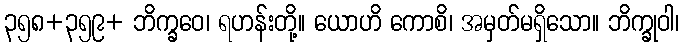
၃၅၈+၃၅၉+ ဘိက္ခဝေ၊ ရဟန်းတို့။ ယောဟိ ကောစိ၊ အမှတ်မရှိသော။ ဘိက္ခုဝါ၊